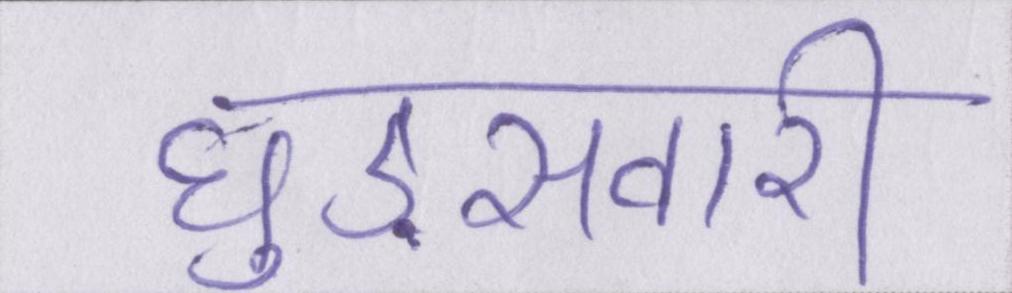
घुड़सवारी